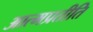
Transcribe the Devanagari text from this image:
आत्मप्रतीति